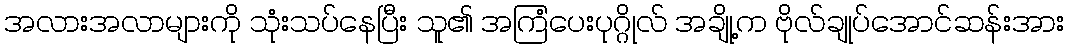
အလားအလာများကို သုံးသပ်နေပြီး သူ၏ အကြံပေးပုဂ္ဂိုလ် အချို့က ဗိုလ်ချုပ်အောင်ဆန်းအား